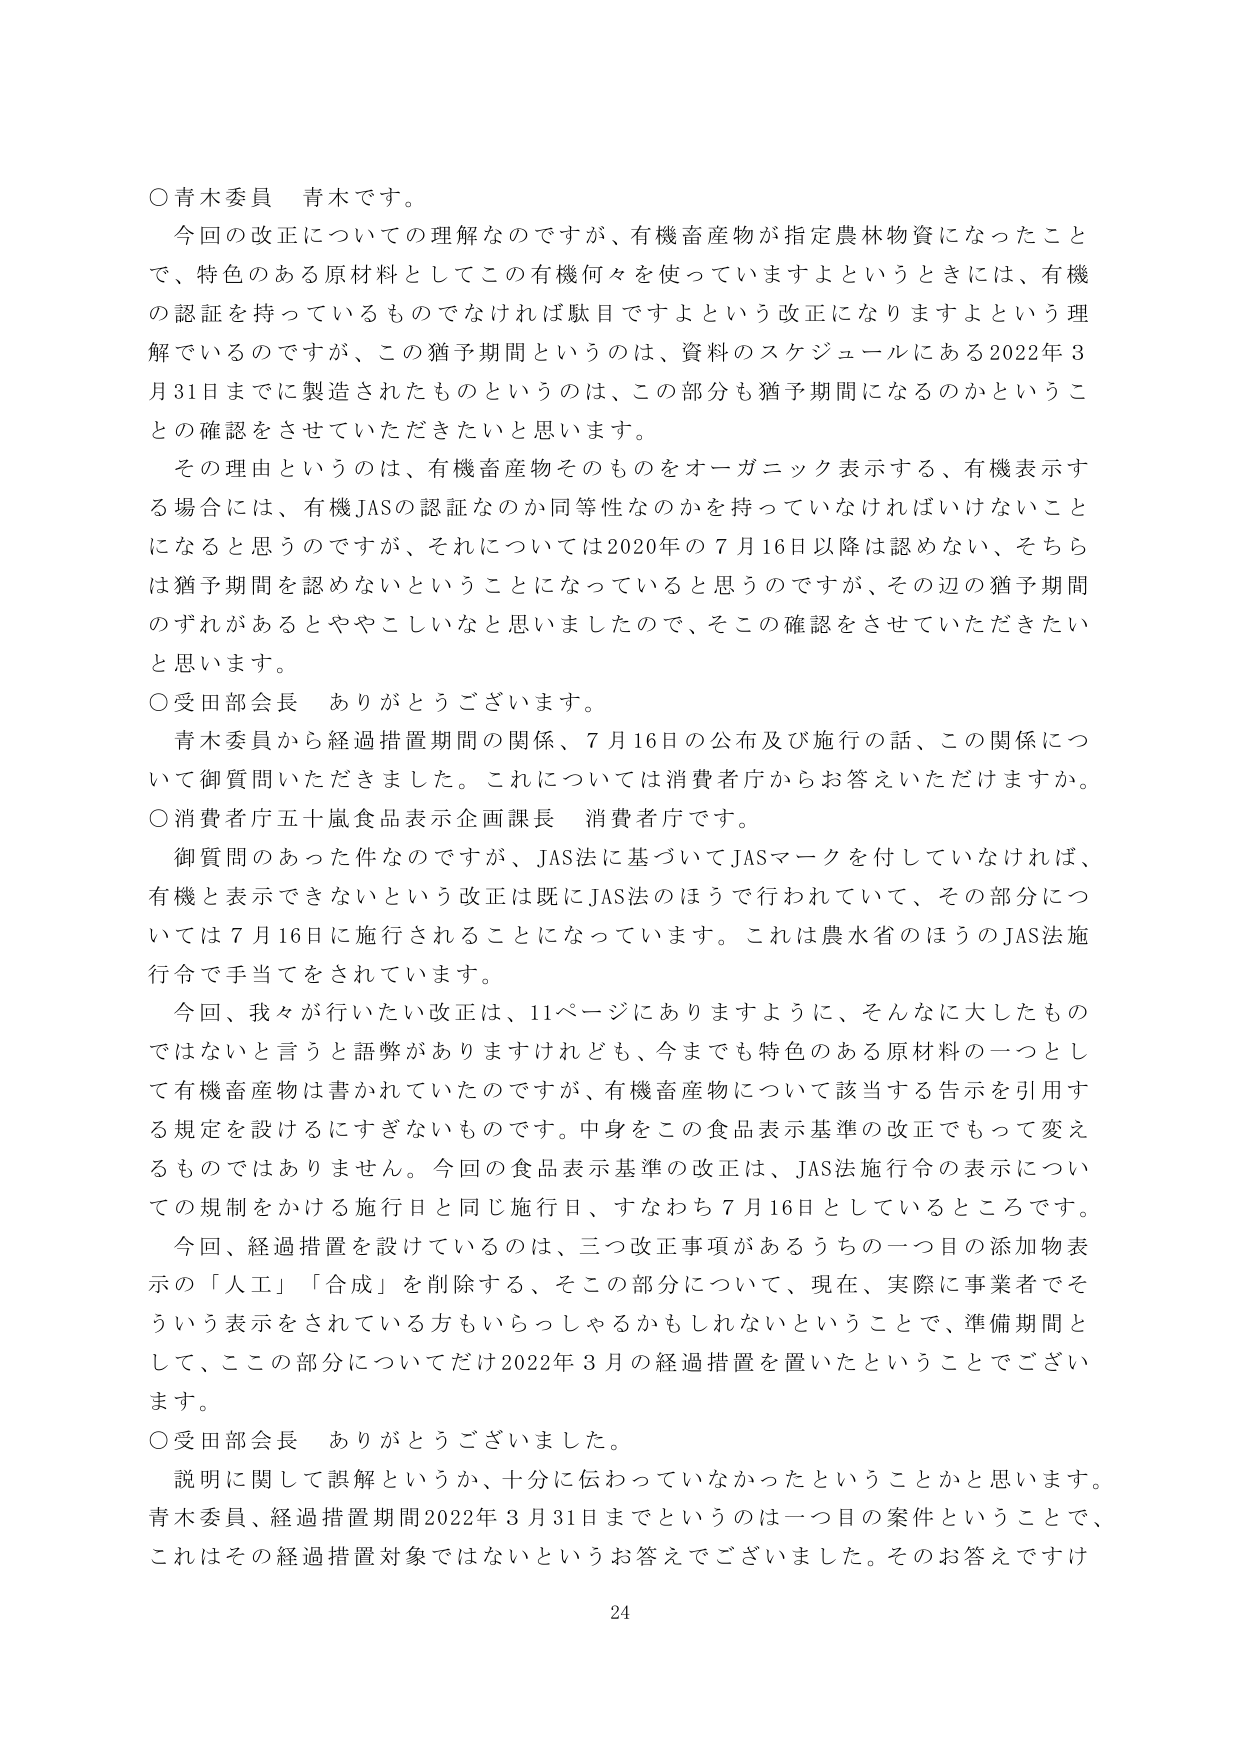
○青木委員　青木です。

今回の改正についての理解なのですが、有機畜産物が指定農林物資になったことで、特色のある原材料としてこの有機何々を使っていますよというときには、有機の認証を持っているものでなければ駄目ですよという改正になりますよという理解でいるのですが、この猶予期間というのは、資料のスケジュールにある2022年3月31日までに製造されたものというのは、この部分も猶予期間になるのかというごとの確認をさせていただきたいと思います。

その理由というのは、有機畜産物そのものをオーガニック表示する、有機表示する場合には、有機JASの認証なのか同等性なのかを持っていなければならないことになると思うのですが、それについては2020年の7月16日以降は認めない、そちらは猶予期間を認めないということになっていると思うのですが、その辺の猶予期間のずれがあるとややこしいなと思いましたので、そこの確認をさせていただきたいと思います。

○受田部会長　ありがとうございます。

青木委員から経過措置期間の関係、7月16日の公布及び施行の話、この関係について御質問いただきました。これについては消費者庁からお答えいただけますか。

○消費者庁五十嵐食品表示企画課長　消費者庁です。

御質問のあった件なのですが、JAS法に基づいてJASマークを付していなければ、有機と表示できないという改正は既にJAS法のほうで行われていて、その部分については7月16日に施行されることになっています。これは農水省のほうのJAS法施行令で手当てをされています。

今回、我々が行いたい改正は、11ページにありますように、そんなに大したものではないと言うと語弊がありますけれども、今までも特色のある原材料の一つとして有機畜産物は書かれていたのですが、有機畜産物について該当する告示を引用する規定を設けるにすぎないものです。中身をこの食品表示基準の改正でもって変えるものではありません。今回の食品表示基準の改正は、JAS法施行令の表示についての規制をかける施行日と同じ施行日、すなわち7月16日としているところです。

今回、経過措置を設けているのは、三つ改正事項があるうちの一つ目の添加物表示の「人工」「合成」を削除する、そこの部分について、現在、実際に事業者でそういう表示をされている方もいらっしゃるかもしれないということで、準備期間として、ここの部分についてだけ2022年3月の経過措置を置いたということでございます。

○受田部会長　ありがとうございました。

説明に関して誤解というか、十分に伝わっていなかったということかと思います。青木委員、経過措置期間2022年3月31日までというのは一つ目の案件ということで、これはその経過措置対象ではないというお答えでございました。そのお答えですけ

24